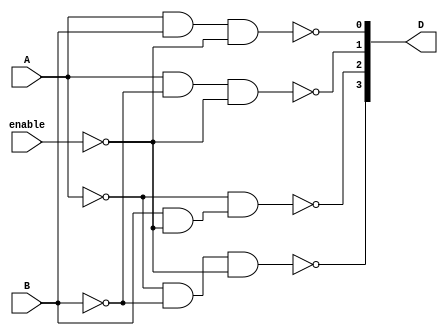
// Dataflow description of 2-to-4-line decoder
// See Fig. 4-19. Note: The figure uses symbol E, but the
// Verilog model uses enable to clearly indicate functionality.

module decoder_2x4_df (D, A, B, enable);
  output [0: 3]	D;
  input		A, B;
  input		enable;

 
  assign	D[0] = !((!A) && (!B) && (!enable)),
	D[1] = !((!A) && B & !enable),
	D[2] = !(A & (!B) && !enable),
	D[3] = !(A & B && !enable);
endmodule